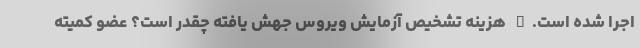
اجرا شده است.x هزینه تشخیص آزمایش ویروس جهش یافته چقدر است؟ عضو کمیته